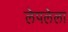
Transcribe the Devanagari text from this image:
लेपलेला